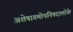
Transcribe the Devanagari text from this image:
अशेषागमोपनिषदालोके